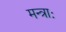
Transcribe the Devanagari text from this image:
मन्त्राः